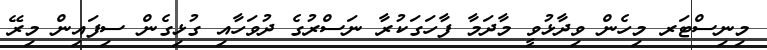
މިނިސްޓަރ މިހެން ވިދާޅުވީ މާދަމާ ފާހަގަކުރާ ނަސްރުގެ ދުވަހާއި ގުޅިގެން ސިފައިން މިރޭ